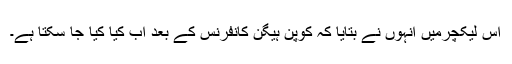
اس لیکچرمیں انہوں نے بتایا کہ کوپن ہیگن کانفرنس کے بعد اب کیا کیا جا سکتا ہے۔